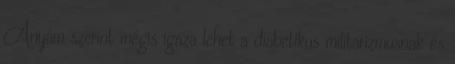
Anyám szerint mégis igaza lehet a diabetikus militarizmusnak és